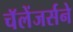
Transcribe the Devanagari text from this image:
चॅलेंजर्सने